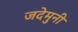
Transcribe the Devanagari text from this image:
जदेमुनी